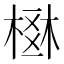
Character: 𣗂